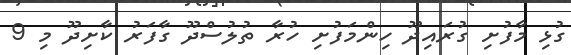
ގުޅި މާފުށި ގުރައިދޫ ހިންމަފުށި ހުރާ ތުލުސްދޫ ގާފަރު ކާށިދޫ މި 9